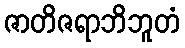
ဇာတိဇရာဘိဘူတံ